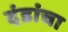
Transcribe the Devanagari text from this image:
दंडांचा